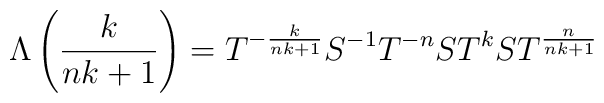
\Lambda \left( \frac{k}{nk+1}\right) =T^{-\frac{k}{nk+1}}S^{-1}T^{-n}ST^{k}ST^{\frac{n}{nk+1}}